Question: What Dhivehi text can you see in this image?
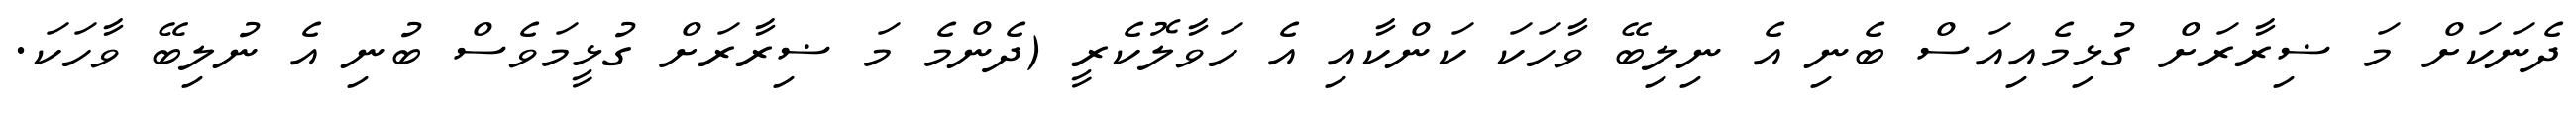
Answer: ދެނަކަށް މަ ޟިރާރަށް ގުޅިމެއިއަސް ބެނި އެ ނިލިބޭ ވާހަކަ ކަންކާއި އެ ހަވާލޮކެރީ (ދެންމެ މަ ޟިރާރަށް ގުޅީމަވެސް ބުނި އެ ނުލިބޭ ވާހަކަ.